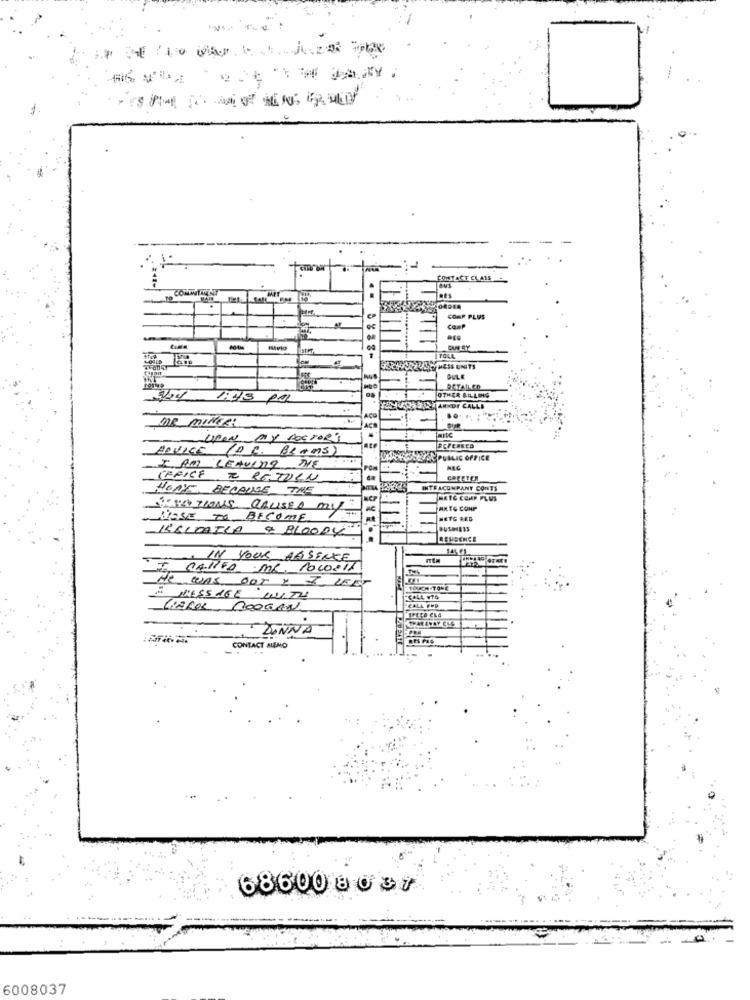
CONTACT CLASS
..
RES
CORDER
COMP PLUS
Camp
CUFRY
TOLL
RETAILCO
1:43 PAL
OTHER BILLING
RANDY CALLI
MR_MINER:
UPON MY DOCTORS
ADVICE
10 C. BL +252
RCPERRED
RECETA PUBLIC OFFICE
I. AM LEAVING, THE
NEC
TFFICH & RETURN
CAFETER
HOAY, BECAUSE THE
INTRACOMPANY CONTS
MKTG COMP PLUS
SENSA TIONS CAUSED my
FARTS CONP
NOSE TO BECOME
HETG REG
ISSIMAILA & BLOODY
..
14661
IN YOUR ABSENCE
TE, CALLED MR. Powell
He WAS OUT Y I LEFT
MESSAGE WITH
CAROL COOGAN
-CALL FMP
DONNA
CONTACT MEMO
68600 8 0 37
6008037